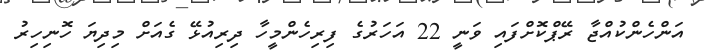
އަންހެންކުއްޖާ ރޭޕްކޮށްފައި ވަނީ 22 އަހަރުގެ ފިރިހެންމީހާ ދިރިއުޅޭ ގެއަށް މިދިޔަ ހޮނިހިރު